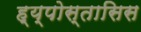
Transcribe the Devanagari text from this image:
ह्य्पोस्तासिस